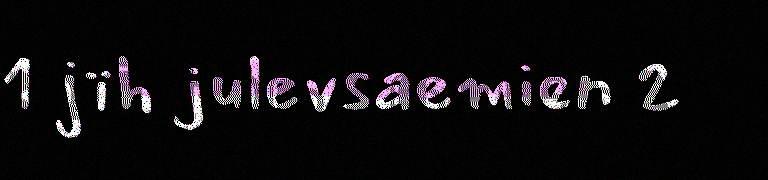
1 jïh julevsaemien 2